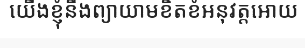
យើងខ្ញុំនឹងព្យាយាមខិតខំអនុវត្តអោយ